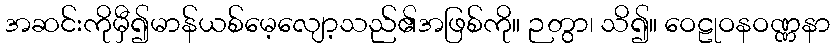
အဆင်းကိုမှီ၍မာန်ယစ်မေ့လျော့သည်၏အဖြစ်ကို။ ဉတွာ၊ သိ၍။ ဝေဠုဝနဝဏ္ဏနာ